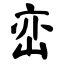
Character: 峦